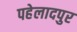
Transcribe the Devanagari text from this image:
पहेलादपुर